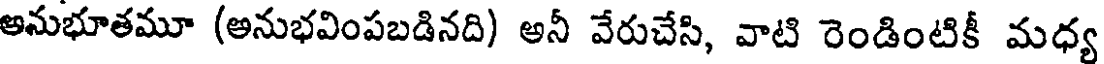
అనుభూతమూ (అనుభవింపబడినది) అనీ వేరుచేసి, వాటి రెండింటికీ మధ్య